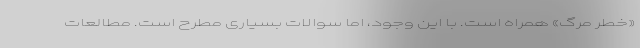
«خطر مرگ» همراه است. با این وجود، اما سوالات بسیاری مطرح است. مطالعات